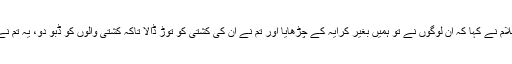
سیدنا موسیٰ علیہ السلام نے کہا کہ ان لوگوں نے تو ہمیں بغیر کرایہ کے چڑھایا اور تم نے ان کی کشتی کو توڑ ڈالا تاکہ کشتی والوں کو ڈبو دو، یہ تم نے بڑا بھاری کام کیا۔